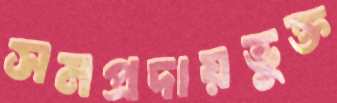
সমপ্রদায়ভুক্ত